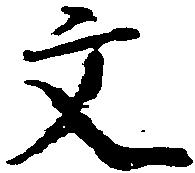
文